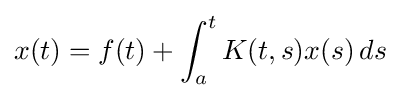
x(t)=f(t)+\int _{a}^{t}K(t,s)x(s)\,ds